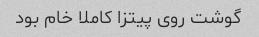
گوشت روی پیتزا کاملا خام بود